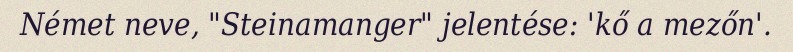
Német neve, "Steinamanger" jelentése: 'kő a mezőn'.